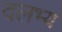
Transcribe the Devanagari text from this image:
दलभ्य